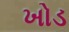
ખોડ